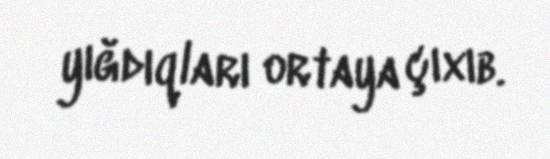
yığdıqları ortaya çıxıb.